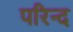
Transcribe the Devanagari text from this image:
परिन्द